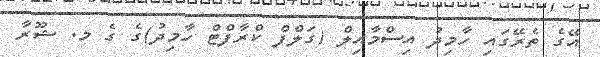
އޭގެ ތެރޭގައި ހާމިދު އިސްމާއިލް (ގަލްފް ކްރާފްޓް ހާމިދު)ގެ ގެ މ. ޝޫރާ